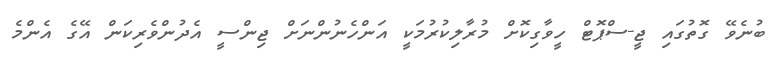
ބުނެވޭ ގޮތުގައި ޖީ-ސްޕޮޓް ހީވާގިކޮށް މުރާލިކުރުމަކީ އަންހެނުންނަށް ޖިންސީ އެދުންވެރިކަން އޭގެ އެންމެ